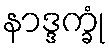
နာဒ္ဒက္ခုံ